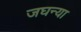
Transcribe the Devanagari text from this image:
जघन्या